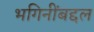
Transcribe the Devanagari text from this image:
भगिनींबद्दल